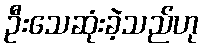
ဦးသေဆုံးခဲ့သည်ဟု